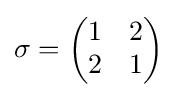
\sigma ={\begin{pmatrix}1&2\\2&1\end{pmatrix}}